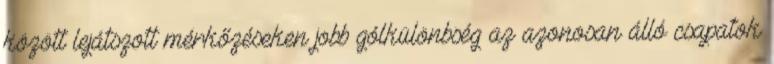
között lejátszott mérkőzéseken jobb gólkülönbség az azonosan álló csapatok